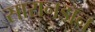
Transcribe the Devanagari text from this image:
सारानडॉन